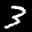
Label: 3